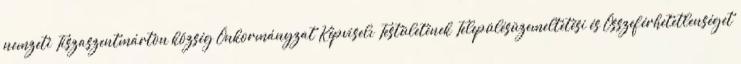
nemzeti Tiszaszentmárton község Önkormányzat Képviselı Testületének Településüzemeltetési és Összeférhetetlenséget